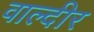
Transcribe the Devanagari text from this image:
वाल्दीर